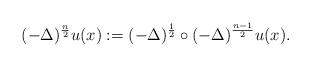
LaTeX: \begin{align*}(-\Delta)^{\frac{n}{2}}u(x):=(-\Delta)^{\frac{1}{2}}\circ (-\Delta)^{\frac{n-1}{2}} u(x).\end{align*}